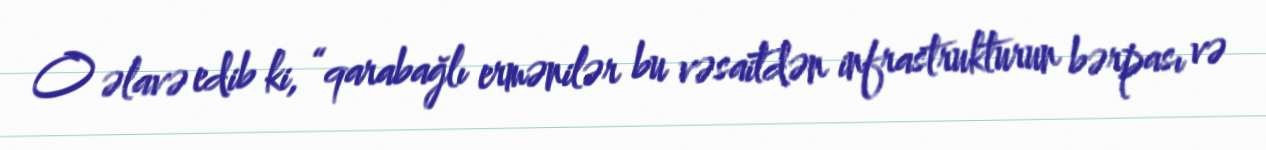
O əlavə edib ki, “qarabağlı ermənilər bu vəsaitdən infrastrukturun bərpası və